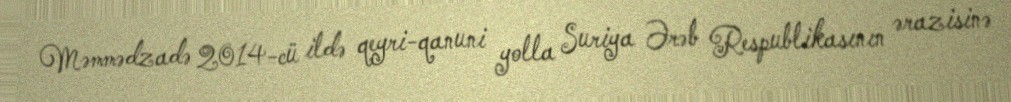
Məmmədzadə 2014-cü ildə qeyri-qanuni yolla Suriya Ərəb Respublikasının ərazisinə